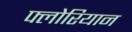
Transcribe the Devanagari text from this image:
फ्लोरियान